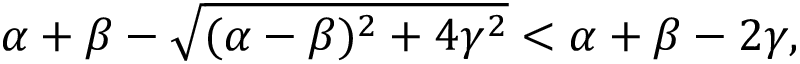
\alpha + \beta - \sqrt { ( \alpha - \beta ) ^ { 2 } + 4 \gamma ^ { 2 } } < \alpha + \beta - 2 \gamma ,